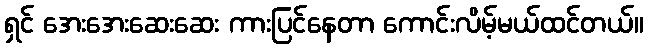
ရှင် အေးအေးဆေးဆေး ကားပြင်နေတာ ကောင်းလိမ့်မယ်ထင်တယ်။